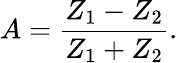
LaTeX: A=\frac{Z_{1}-Z_{2}}{Z_{1}+Z_{2}}.